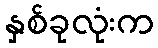
နှစ်ခုလုံးက